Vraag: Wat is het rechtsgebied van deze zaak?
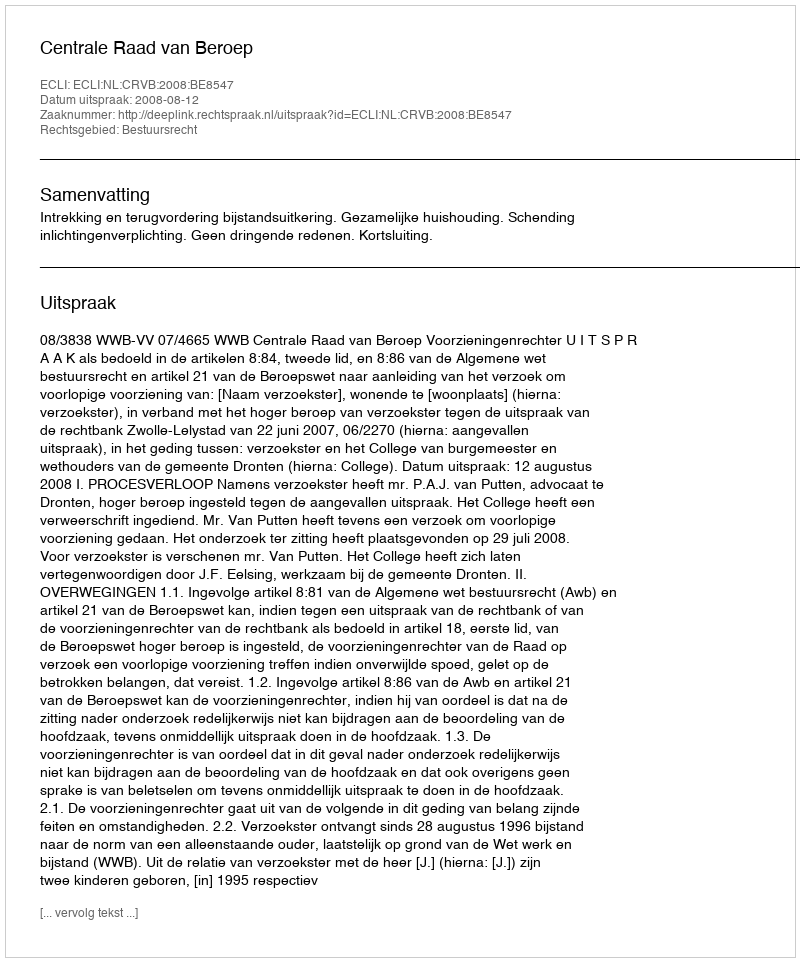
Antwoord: Bestuursrecht